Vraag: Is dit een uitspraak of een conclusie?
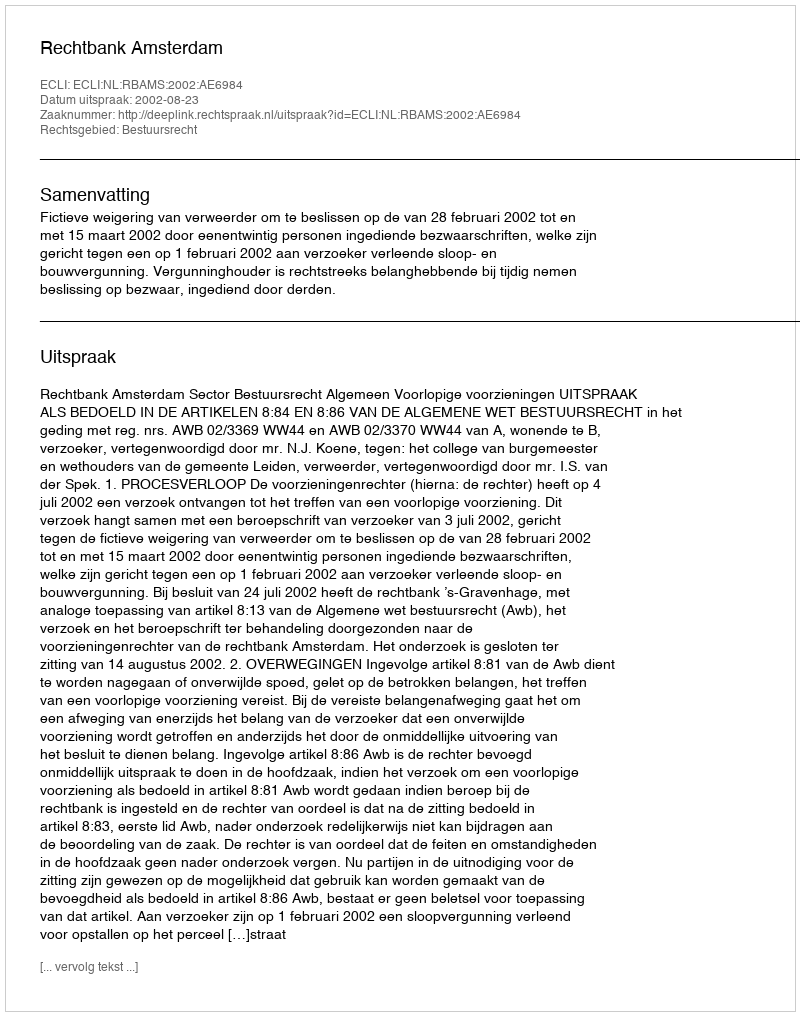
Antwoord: Uitspraak